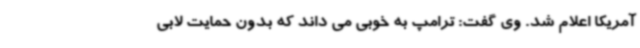
آمریکا اعلام شد. وی گفت: ترامپ به خوبی می داند که بدون حمایت لابی